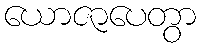
ယောဇာပေတွာ